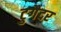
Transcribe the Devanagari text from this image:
टुगैदर